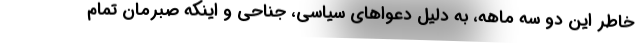
خاطر این دو سه ماهه، به دلیل دعواهای سیاسی، جناحی و اینکه صبرمان تمام